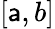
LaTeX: [\mathsf{a},b]